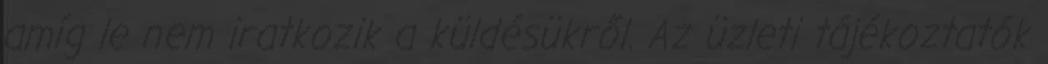
amíg le nem iratkozik a küldésükről. Az üzleti tájékoztatók